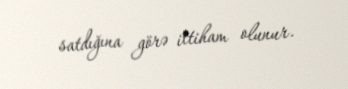
satdığına görə ittiham olunur.